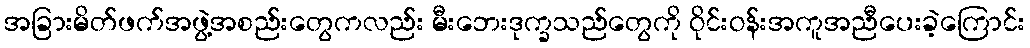
အခြားမိတ်ဖက်အဖွဲ့အစည်းတွေကလည်း မီးဘေးဒုက္ခသည်တွေကို ဝိုင်းဝန်းအကူအညီပေးခဲ့ကြောင်း